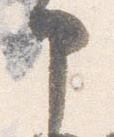
申